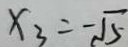
x _ { 3 } = - \sqrt { 5 }